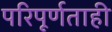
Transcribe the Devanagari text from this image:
परिपूर्णताही